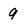
Character: 9